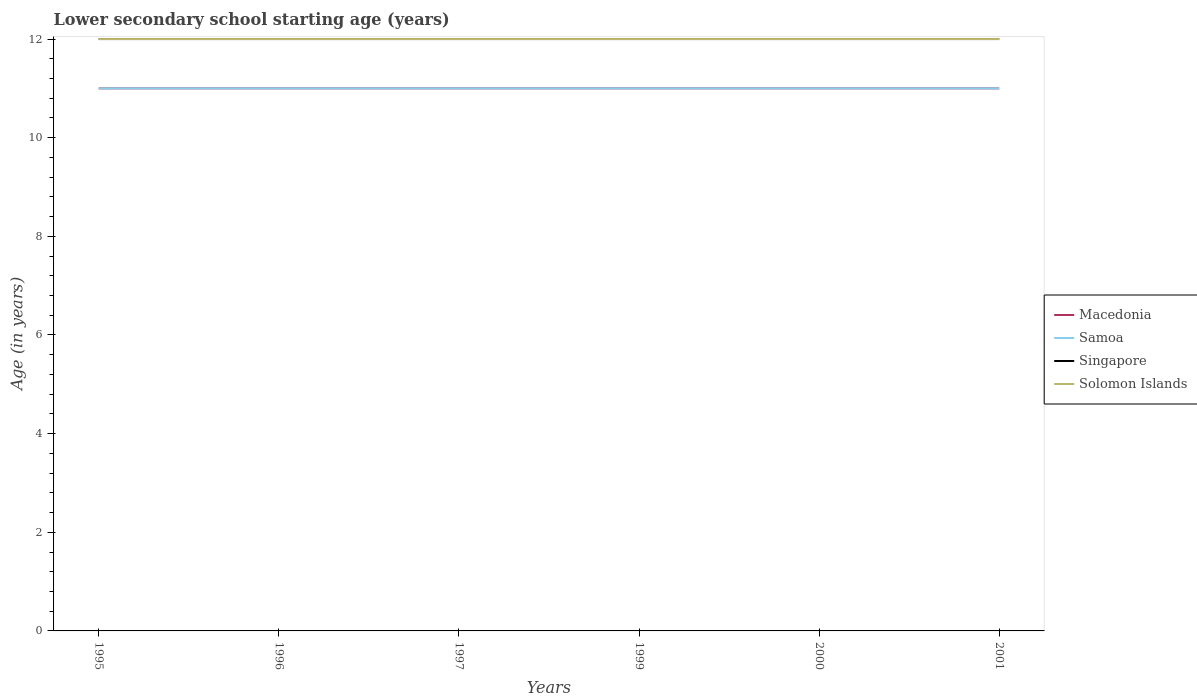
| Years | Macedonia | Samoa | Singapore | Solomon Islands |
 | --- | --- | --- | --- | --- |
 | 1995 | 11 | 11 | 12 | 12 |
 | 1996 | 11 | 11 | 12 | 12 |
 | 1997 | 11 | 11 | 12 | 12 |
 | 1999 | 11 | 11 | 12 | 12 |
 | 2000 | 11 | 11 | 12 | 12 |
 | 2001 | 11 | 11 | 12 | 12 |